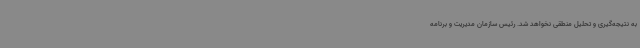
به نتیجه‌گیری و تحلیل منطقی نخواهد شد. رئیس سازمان مدیریت و برنامه